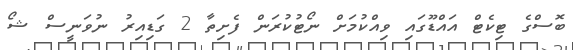
ބޮސްގެ ޓިކެޓް އައްޑޫގައި ވިއްކުމަށް ނޯޓުކުރަން ފެށިތާ 2 ގަޑިއިރު ނުވަނީސް ޝޯ